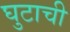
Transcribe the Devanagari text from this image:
घुटाची